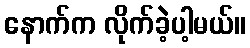
နောက်က လိုက်ခဲ့ပါ့မယ်။